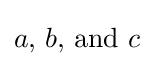
a{\text{, }}b{\text{, and }}c